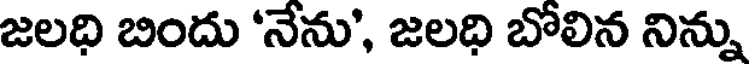
జలధి బిందు 'నేను', జలధి బోలిన నిన్ను